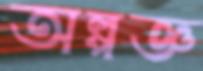
অল্পজ্ঞ